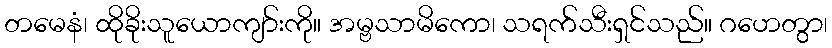
တမေနံ၊ ထိုခိုးသူယောကျာ်းကို။ အမ္ဗသာမိကော၊ သရက်သီးရှင်သည်။ ဂဟေတွာ၊